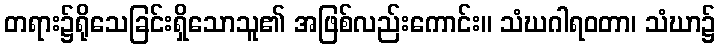
တရား၌ရိုသေခြင်းရှိသောသူ၏ အဖြစ်လည်းကောင်း။ သံဃဂါရဝတာ၊ သံဃာ၌